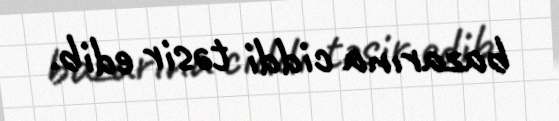
bazarına ciddi təsir edib.